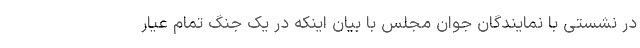
در نشستی با نمایندگان جوان مجلس با بیان اینکه در یک جنگ تمام عیار